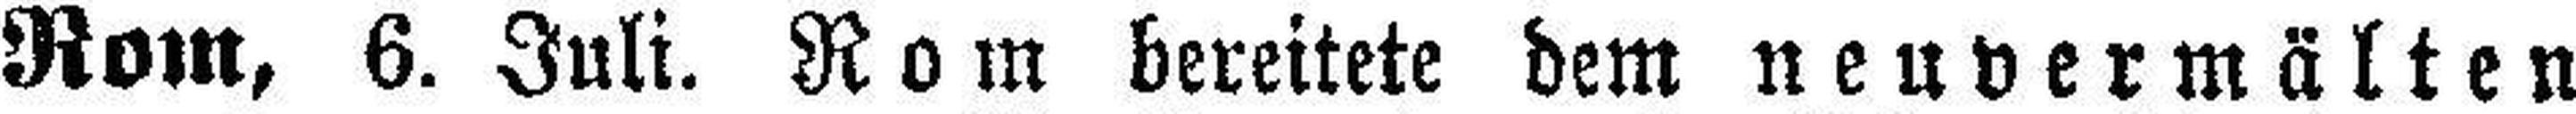
Rom, 6. Juli. Rom bereitete dem neuvermälten